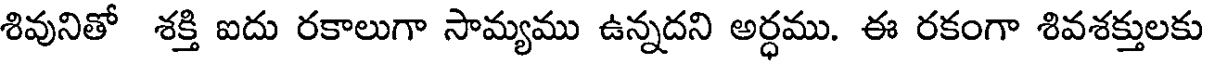
శివునితో శక్తి ఐదు రకాలుగా సామ్యము ఉన్నదని అర్ధము. ఈ రకంగా శివశక్తులకు